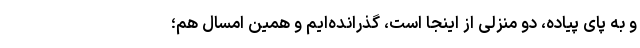
و به پای پیاده، دو منزلی از اینجا است، گذرانده‌ایم و همین امسال هم؛